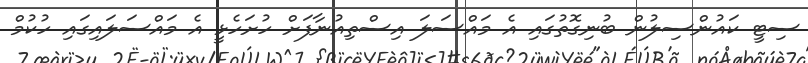
ސިޓީ ކައުންސިލުން ބުނިގޮތުގައި އެ މައްސަލަ އިސްތިއުނާފަށް ހުށަހެޅީ އެ މައްސަލައިގައި ހުކުމް